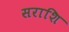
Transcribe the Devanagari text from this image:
सराशि